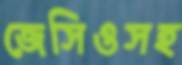
জেসিওসহ